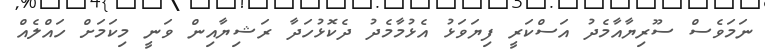
ނަމަވެސް ސޫރިޔާއާމެދު އަސްކަރީ ފިޔަވަޅު އެޅުމާމެދު ދެކޮޅުހަދާ ރަޝިޔާއިން ވަނީ މިކަމަށް ހައްލެއް